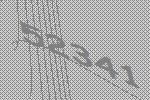
52341